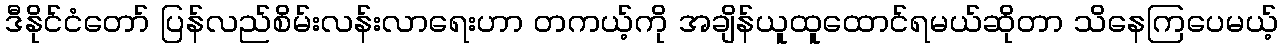
ဒီနိုင်ငံတော် ပြန်လည်စိမ်းလန်းလာရေးဟာ တကယ့်ကို အချိန်ယူထူထောင်ရမယ်ဆိုတာ သိနေကြပေမယ့်